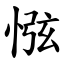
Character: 惤